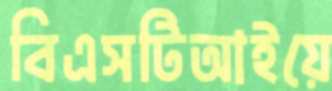
বিএসটিআইয়ে